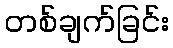
တစ်ချက်ခြင်း